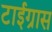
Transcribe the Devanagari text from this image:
टाईग्रास